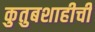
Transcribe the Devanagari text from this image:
कुतुबशाहीची